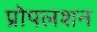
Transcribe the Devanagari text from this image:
प्रोपलशन